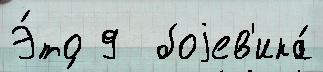
Э́то 9  боjев'ика́